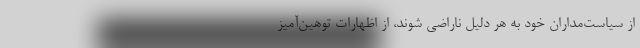
از سیاست‌مداران خود به هر دلیل ناراضی شوند، از اظهارات توهین‌آمیز